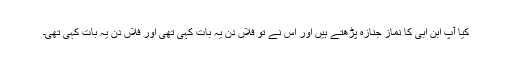
کیا آپؐ ابن ابی کا نمازِ جنازہ پڑھتے ہیں اور اس نے تو فلاں دن یہ بات کہی تھی اور فلاں دن یہ بات کہی تھی۔